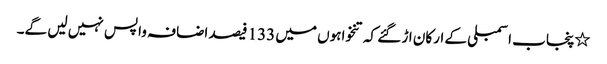
٭پنجاب اسمبلی کے ارکان اڑ گئے کہ تنخواہوں میں 133 فیصد اضافہ واپس نہیں لیں گے۔